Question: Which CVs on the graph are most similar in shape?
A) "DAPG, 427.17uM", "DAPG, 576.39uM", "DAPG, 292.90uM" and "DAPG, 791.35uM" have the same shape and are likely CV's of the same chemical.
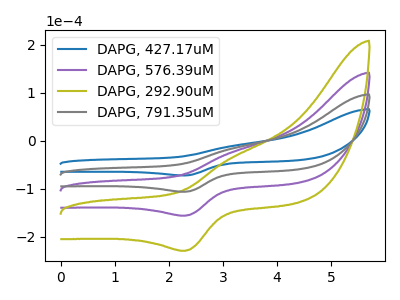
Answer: <think>The blue curve "DAPG, 427.17uM" has an anodic peak at (3.15V, -11.10uA) and a cathodic peak at (2.30V, -72.40uA). The purple curve "DAPG, 576.39uM" has an anodic peak at (3.15V, -32.55uA) and a cathodic peak at (2.30V, -212.60uA). The olive curve "DAPG, 292.90uM" has an anodic peak at (3.15V, -48.80uA) and a cathodic peak at (2.30V, -318.90uA). The gray curve "DAPG, 791.35uM" has an anodic peak at (3.15V, -16.25uA) and a cathodic peak at (2.30V, -106.30uA).
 All the peaks in "DAPG, 427.17uM" have a peak in "DAPG, 576.39uM" at the same potential. All the peaks in "DAPG, 427.17uM" have a peak in "DAPG, 292.90uM" at the same potential. All the peaks in "DAPG, 427.17uM" have a peak in "DAPG, 791.35uM" at the same potential. All the peaks in "DAPG, 576.39uM" have a peak in "DAPG, 292.90uM" at the same potential. All the peaks in "DAPG, 576.39uM" have a peak in "DAPG, 791.35uM" at the same potential. All the peaks in "DAPG, 292.90uM" have a peak in "DAPG, 791.35uM" at the same potential.</think>
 <answer>A) "DAPG, 427.17uM", "DAPG, 576.39uM", "DAPG, 292.90uM" and "DAPG, 791.35uM" have the same shape and are likely CV's of the same chemical.</answer>
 <eval>A</eval>